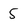
Character: 5